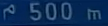
500 m